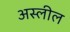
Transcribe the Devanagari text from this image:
अस्लील